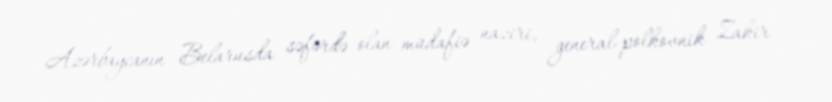
Azərbaycanın Belarusda səfərdə olan müdafiə naziri, general-polkovnik Zakir